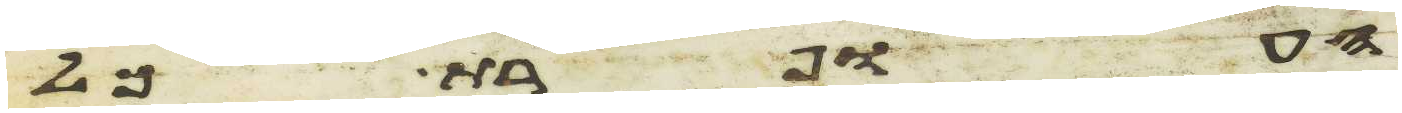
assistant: העופרת כל